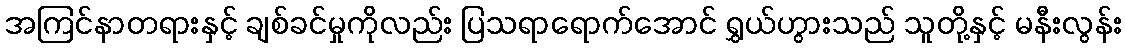
အကြင်နာတရားနှင့် ချစ်ခင်မှုကိုလည်း ပြသရာရောက်အောင် ရွှယ်ဟွားသည် သူတို့နှင့် မနီးလွန်း